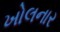
ખોલનાર